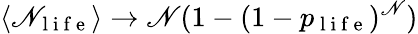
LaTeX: \langle\mathscr{N}_{\mathrm{{~l~i~f~e~}}}\rangle\rightarrow\mathscr{N}(1-(1-p_{\mathrm{{~l~i~f~e~}}})^{\mathscr{N}})